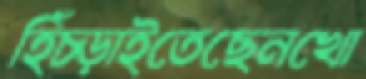
হিঁচ্‌ড়াইতেছেনখো